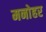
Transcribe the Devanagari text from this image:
मनाेहर